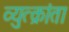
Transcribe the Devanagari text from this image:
व्युत्क्रांता